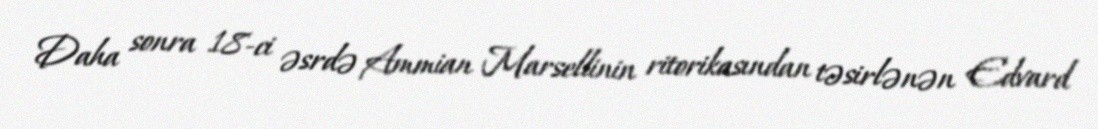
Daha sonra 18-ci əsrdə Ammian Marsellinin ritorikasından təsirlənən Edvard